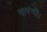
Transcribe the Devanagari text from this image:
नारंगी।